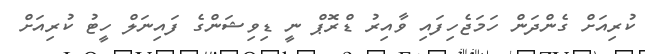
ކުރިއަށް ގެންދަން ހަމަޖެހިފައި ވާއިރު ޑްރޮޕް ނީ ޑިވިޝަންގެ ފައިނަލް ހީޓު ކުރިއަށް